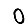
Digit: 0